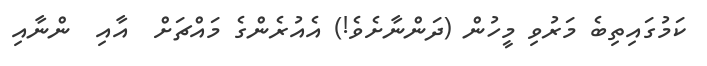
ކަމުގައިތިބެ މަރުވި މީހުން (ދަންނާށެވެ!) އެއުރެންގެ މައްޗަށް  އާއި  ންނާއި